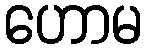
ဟောမ